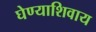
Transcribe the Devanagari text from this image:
घेण्याशिवाय